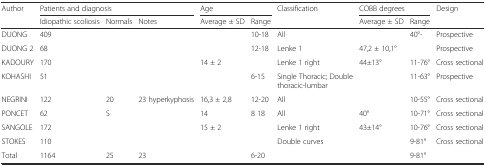
<table><thead><tr><td><b>Author</b></td><td colspan="3"><b>Patients and diagnosis</b></td><td colspan="2"><b>Age</b></td><td><b>Classification</b></td><td colspan="2"><b>COBB degrees</b></td><td><b>Design</b></td></tr><tr><td></td><td><b>Idiopathic scoliosis</b></td><td><b>Normals</b></td><td><b>Notes</b></td><td><b>Average ± SD</b></td><td><b>Range</b></td><td></td><td><b>Average ± SD</b></td><td><b>Range</b></td><td></td></tr></thead><tbody><tr><td>DUONG</td><td>409</td><td></td><td></td><td></td><td>10-18</td><td>All</td><td></td><td>40°-</td><td>Prospective</td></tr><tr><td>DUONG 2</td><td>68</td><td></td><td></td><td></td><td>12-18</td><td>Lenke 1</td><td>47,2 ± 10,1°</td><td></td><td>Prospective</td></tr><tr><td>KADOURY</td><td>170</td><td></td><td></td><td>14 ± 2</td><td></td><td>Lenke 1 right</td><td>44±13°</td><td>11-76°</td><td>Cross sectional</td></tr><tr><td>KOHASHI</td><td>51</td><td></td><td></td><td></td><td>6-15</td><td>Single Thoracic; Double thoracic-lumbar</td><td></td><td>11-63°</td><td>Prospective</td></tr><tr><td>NEGRINI</td><td>122</td><td>20</td><td>23 hyperkyphosis</td><td>16,3 ± 2,8</td><td>12-20</td><td>All</td><td></td><td>10-55°</td><td>Cross sectional</td></tr><tr><td>PONCET</td><td>62</td><td>S</td><td></td><td>14</td><td>8 18</td><td>All</td><td>40°</td><td>10-71°</td><td>Cross sectional</td></tr><tr><td>SANGOLE</td><td>172</td><td></td><td></td><td>15 ± 2</td><td></td><td>Lenke 1 right</td><td>43±14°</td><td>10-76°</td><td>Cross sectional</td></tr><tr><td>STOKES</td><td>110</td><td></td><td></td><td></td><td></td><td>Double curves</td><td></td><td>9-81°</td><td>Cross sectional</td></tr><tr><td>Total</td><td>1164</td><td>25</td><td>23</td><td></td><td>6-20</td><td></td><td></td><td>9-81°</td><td></td></tr></tbody></table>